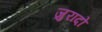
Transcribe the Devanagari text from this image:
जुरादो